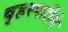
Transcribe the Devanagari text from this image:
बृहस्पतीने